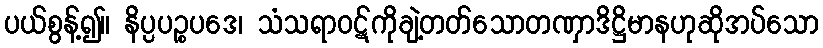
ပယ်စွန့်၍။ နိပ္ပပဉ္စပဒေ၊ သံသရာဝဋ်ကိုချဲ့တတ်သောတဏှာဒိဋ္ဌိမာနဟုဆိုအပ်သော